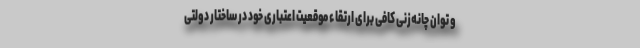
و توان چانه‌زنی کافی برای ارتقاء موقعیت اعتباری خود در ساختار دولتی